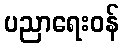
ပညာရေးဝန်